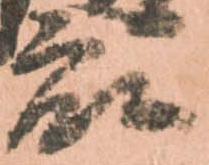
衆